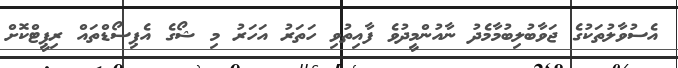
އެސުވާލުތަކުގެ ޖަވާބުލިބުމާމެދު ނާއުންމީދުވެ ފާއިތުވި ހަތަރު އަހަރު މި ޝޯގެ އެޕިސޯޑްތައް ރިޕީޓްކޮށް